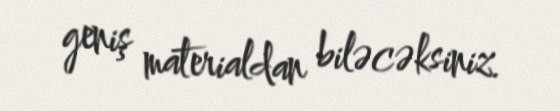
geniş materialdan biləcəksiniz.